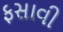
ફસાવી